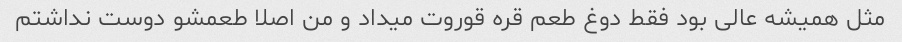
مثل همیشه عالی بود فقط دوغ طعم قره قوروت میداد و من اصلا طعمشو دوست نداشتم